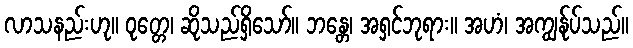
လာသနည်းဟု။ ဝုတ္တေ၊ ဆိုသည်ရှိသော်။ ဘန္တေ၊ အရှင်ဘုရား။ အဟံ၊ အကျွန်ုပ်သည်။